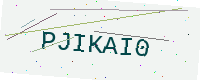
Text: PJIKAI0